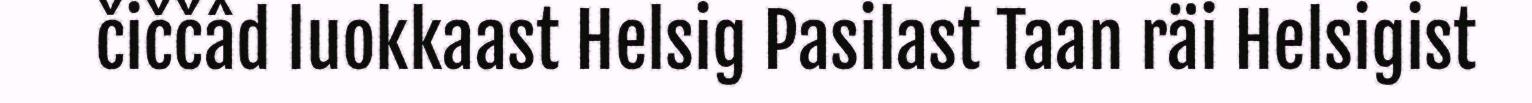
čiččâd luokkaast Helsig Pasilast Taan räi Helsigist